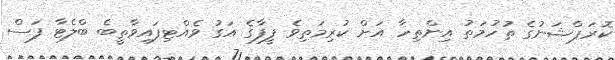
ކޮރަޕްޝަނުގެ ތުހުމަތު އިންތިހާ އަށް ކުރިމަތިވެ ފީފާގެ އަގު ވެއްޓިފައިވާތީބެ ބްލެޓާ ފަސް